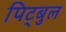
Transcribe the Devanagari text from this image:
पिट्बुल